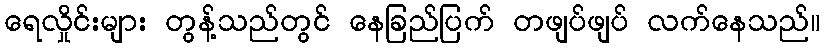
ရေလှိုင်းများ တွန့်သည်တွင် နေခြည်ပြက် တဖျပ်ဖျပ် လက်နေသည်။